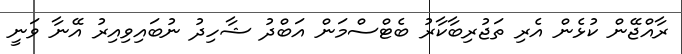
ރާއްޖޭން ކުޅެން އެރި ތަޖުރިބާކާރު ބެޓްސްމަން އަބްދު ޝާހިދު ނުބައިވިއިރު އޭނާ ވަނީ